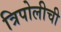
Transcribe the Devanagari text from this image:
त्रिपोलीची